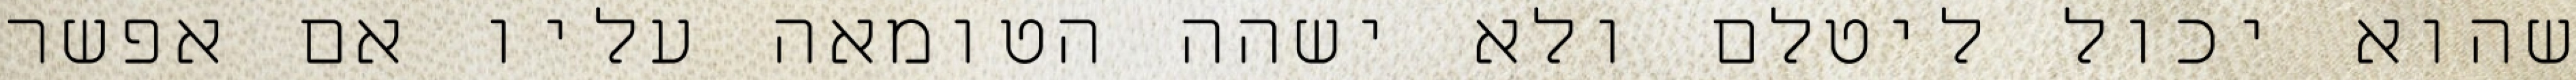
שהוא יכול ליטלם ולא ישהה הטומאה עליו אם אפשר